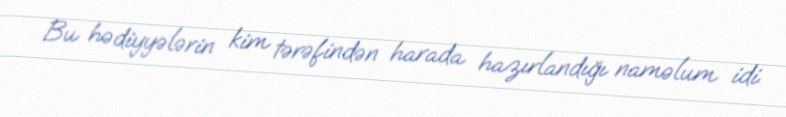
Bu hədiyyələrin kim tərəfindən harada hazırlandığı naməlum idi.